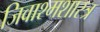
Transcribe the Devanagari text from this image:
जिवाश्मशास्त्र